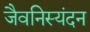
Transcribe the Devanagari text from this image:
जैवनिस्यंदन